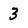
Character: 3